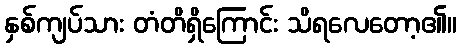
နှစ်ကျပ်သား တံတိရှိကြောင်း သိရလေတော့၏။